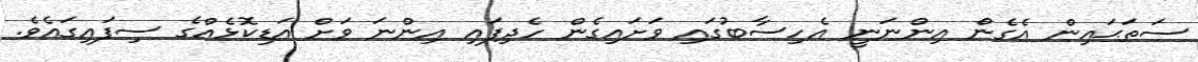
ސަތަޙައިން އެގެން އިންނަނީ އެހިސާބުގައި ވަށައިގެން ހެދިފައި އިންނަ ވަށް އަޑިކޮޅެއްގެ ސިފައިގައެވެ.